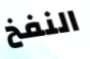
النفخ